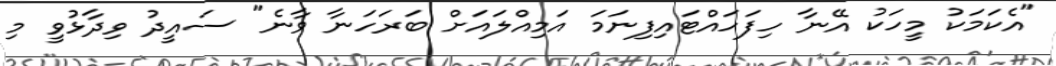
"އެކަމަކު މީހަކު އޭނާ ހިފަހައްޓައިފިނަމަ އަމިއްލައަށް ބަރަހަނާ ވާނެ" ސައީދު ވިދާޅުވީ މި